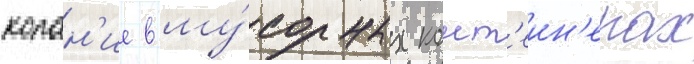
копан'ие в му́сорных конт'еин'ерах